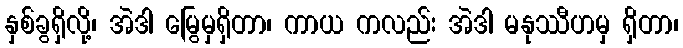
နှစ်ခွရှိလို့၊ အဲဒါ မြွေမှရှိတာ၊ ကာယ ကလည်း အဲဒါ မနုဿီဟမှ ရှိတာ၊